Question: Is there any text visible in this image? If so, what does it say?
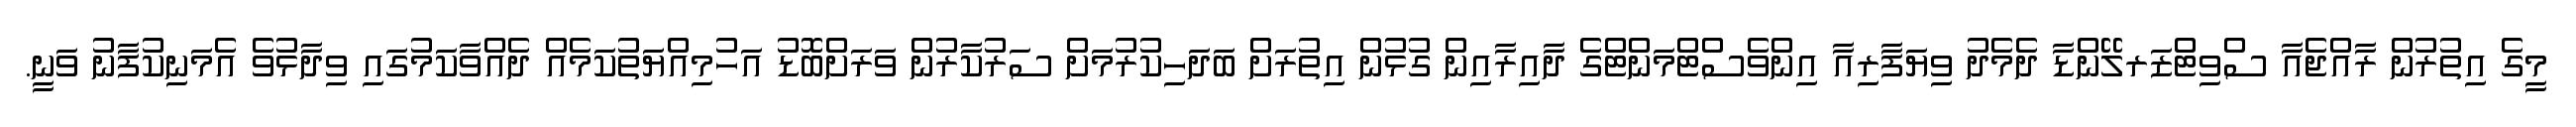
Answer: މީގެ އިތުރުން ރާއްޖެއާ ސްވިޓްޒަރލޭންޑާ ދެމެދު ވިޔަފާރިއާ އިންވެސްޓްމަންޓްގެ ދާއިރާއިން ގުޅުން އިތުރަށް ބަދަހިކުރުމަށް ސަރުކާރުން ވަރަށްބޮޑު އަހުމިއްޔަތުކަމެއް ދެއްވާކަމުގައި ވިދާޅުވެ އެމަނިކުފާނު ވަނީ.